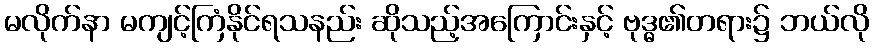
မလိုက်နာ မကျင့်ကြံနိုင်ရသနည်း ဆိုသည့်အကြောင်းနှင့် ဗုဒ္ဓ၏တရား၌ ဘယ်လို